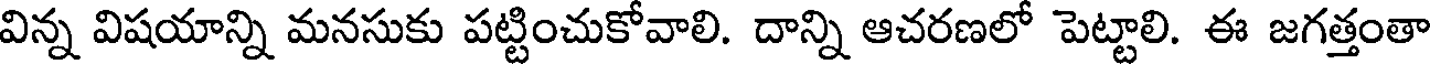
విన్న విషయాన్ని మనసుకు పట్టించుకోవాలి. దాన్ని ఆచరణలో పెట్టాలి. ఈ జగత్తంతా